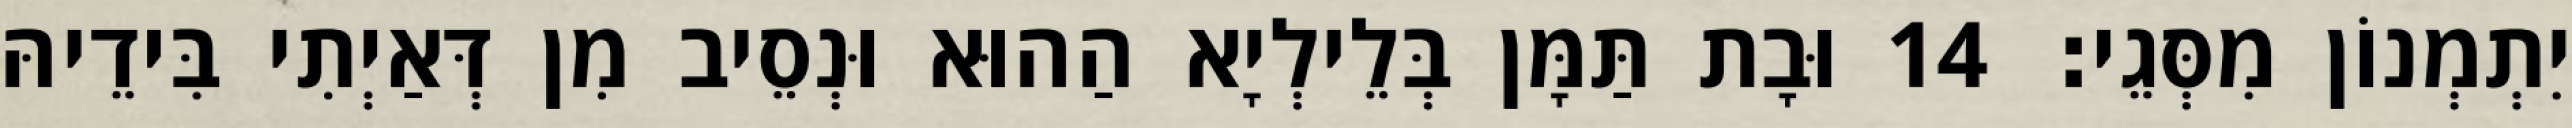
יִתְמְנוֹן מִסְּגֵי׃ 14 וּבָת תַּמָּן בְּלֵילְיָא הַהוּא וּנְסֵיב מִן דְּאַיְתִי בִּידֵיהּ